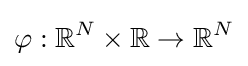
\varphi :\mathbb {R} ^{N}\times \mathbb {R} \rightarrow \mathbb {R} ^{N}